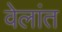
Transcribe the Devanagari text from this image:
वेलांत